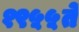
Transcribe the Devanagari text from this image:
१९५५ते